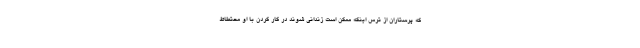
که پرستاران از ترس اینکه ممکن است زندانی شوند در کار کردن با او محتطاط